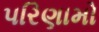
પરિણામો